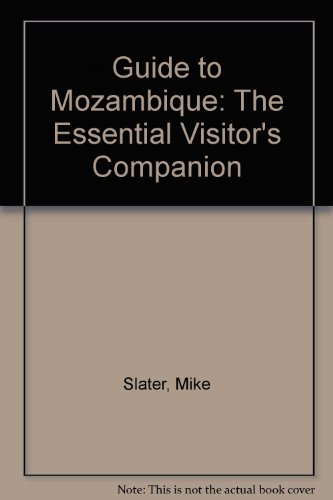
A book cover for Guide to Mozambique: The Essential Visitor's Companion; Mike Slater; Travel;